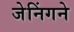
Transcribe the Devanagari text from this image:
जेनिंगने